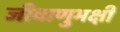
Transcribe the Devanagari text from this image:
जीवाणुभक्षी